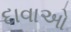
દાવાઓ